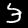
Label: 3